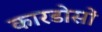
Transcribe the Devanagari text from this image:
कारडोसों